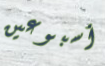
أسبوعين